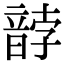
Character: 䪬